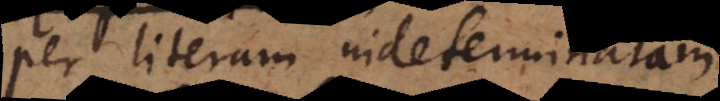
per literam indeterminatam,